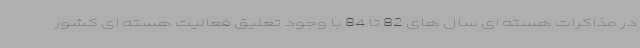
در مذاکرات هسته ای سال های 82 تا 84 با وجود تعلیق فعالیت هسته ای کشور